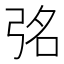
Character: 𭚮